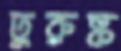
তুরুষ্ক